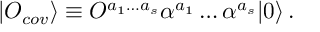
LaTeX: | { \cal O } _ { c o v } \rangle \equiv { \cal O } ^ { a _ { 1 } \ldots a _ { s } } \alpha ^ { a _ { 1 } } \ldots \alpha ^ { a _ { s } } | 0 \rangle \, .